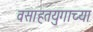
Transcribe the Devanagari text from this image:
वसाहतयुगाच्या